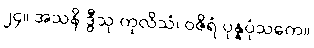
၂၄။ အသနိ ဒွီသု ကုလိသံ၊ ဝဇိရံ ပုန္နပုံသကေ။